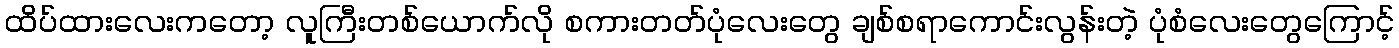
ထိပ်ထားလေးကတော့ လူကြီးတစ်ယောက်လို စကားတတ်ပုံလေးတွေ ချစ်စရာကောင်းလွန်းတဲ့ ပုံစံလေးတွေကြောင့်